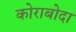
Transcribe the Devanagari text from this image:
कोराबोदा